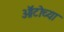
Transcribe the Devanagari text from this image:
ऑटोच्या